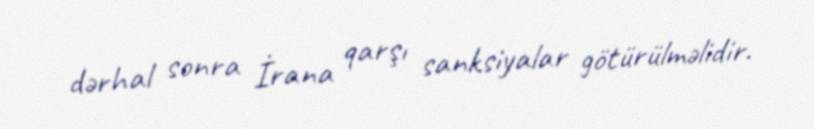
dərhal sonra İrana qarşı sanksiyalar götürülməlidir.